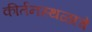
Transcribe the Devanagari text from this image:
कीर्तनस्थळाचे